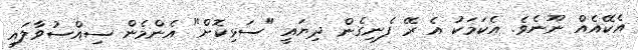
އެކޭއެއް ނޫނެވެ. އެކަމަކު އެ ރޭ ފެނިގެން ދިޔައީ "ސަޅިކޮށް" އެންމެން ސިއްސުވާލައި